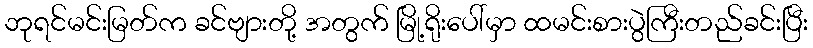
ဘုရင်မင်းမြတ်က ခင်ဗျားတို့ အတွက် မြို့ရိုးပေါ်မှာ ထမင်းစားပွဲကြီးတည်ခင်းပြီး